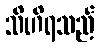
သိဟိရသည်